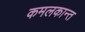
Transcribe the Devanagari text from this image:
कमलकान्‍त